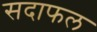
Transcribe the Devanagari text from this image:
सदाफल